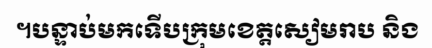
។បន្ទាប់មកទើបក្រុមខេត្តសៀមរាប និង